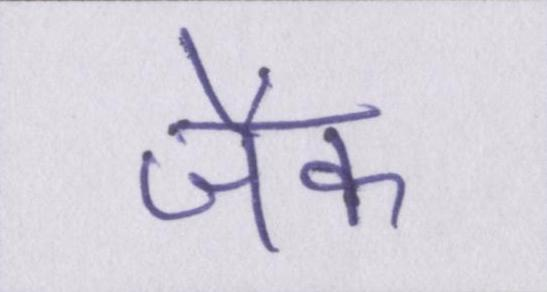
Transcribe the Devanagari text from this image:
जैक